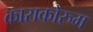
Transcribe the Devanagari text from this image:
काराकोरुम